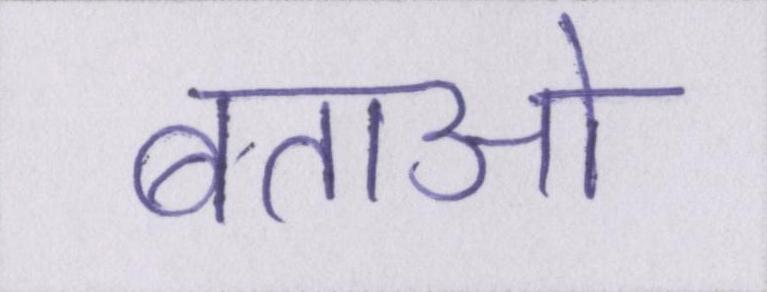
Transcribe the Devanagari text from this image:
बताओ